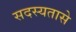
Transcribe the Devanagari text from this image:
सदस्यतासे